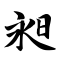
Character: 昶